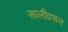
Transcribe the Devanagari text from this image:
सालीवरून